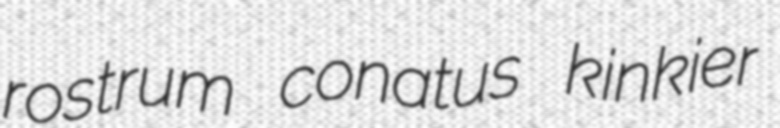
rostrum conatus kinkier